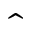
\hat { }